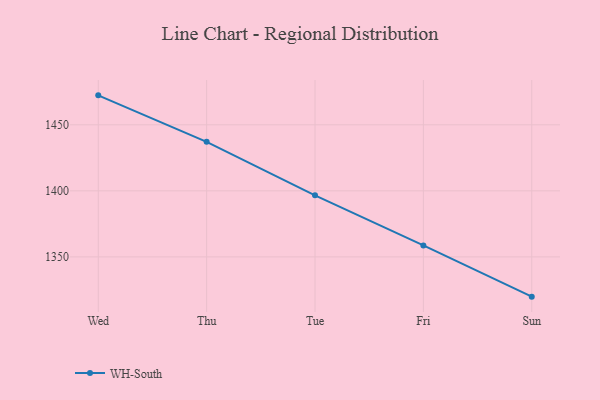
{"axis": {"x": "Day", "y": "Waste Production (Tons)"}, "legend": ["WH-South"], "data": [{"x": "Wed", "y": 1472.3, "type": "WH-South"}, {"x": "Thu", "y": 1437.1, "type": "WH-South"}, {"x": "Tue", "y": 1396.6, "type": "WH-South"}, {"x": "Fri", "y": 1358.7, "type": "WH-South"}, {"x": "Sun", "y": 1319.9, "type": "WH-South"}]}